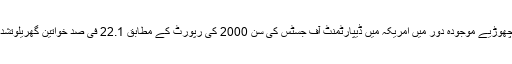
زمانہ قدیم کو تو چھوڑیے موجودہ دور میں امریکہ میں ڈیپارٹمنٹ آف جسٹس کی سن 2000 کی رپورٹ کے مطابق 22.1 فی صد خواتین گھریلوتشدد کا شکار ہوئیں ۔